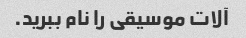
آلات موسیقی را نام ببرید.